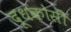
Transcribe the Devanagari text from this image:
दूधकोसी